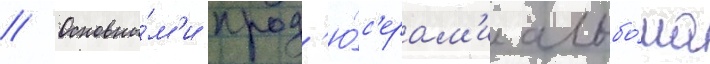
// Основны́м'и прод'ю́с'ерам'и альбо́ма